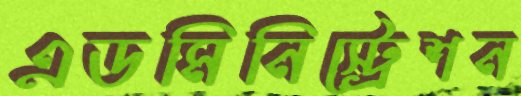
এডমিনিস্ট্রেশন